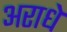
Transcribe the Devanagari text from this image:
अराधे